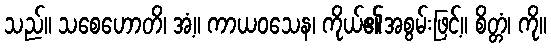
သည်။ သစေဟောတိ၊ အံ့။ ကာယဝသေန၊ ကိုယ်၏အစွမ်းဖြင့်။ စိတ္တံ၊ ကို။